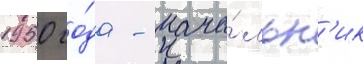
1950 го́да - нача́льн'ик